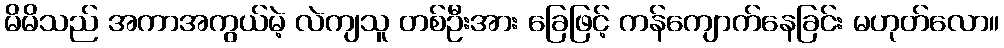
မိမိသည် အကာအကွယ်မဲ့ လဲကျသူ တစ်ဦးအား ခြေဖြင့် ကန်ကျောက်နေခြင်း မဟုတ်လော။